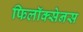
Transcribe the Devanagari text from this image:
फिलॉक्सेनस